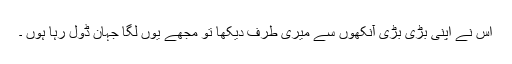
اس نے اپنی بڑی بڑی آنکھوں سے میری طرف دیکھا تو مجھے یوں لگا جہان ڈول رہا ہوں ۔